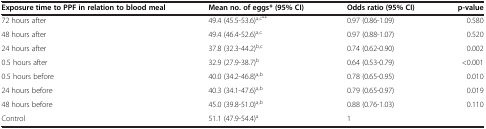
| Exposure time to PPF in relation to blood meal | Mean no. of eggs* (95% CI) | Odds ratio (95% CI) | p-value |
 | --- | --- | --- | --- |
 | 72 hours after | 49.4 (45.5-53.6)a,c** | 0.97 (0.86-1.09) | 0.580 |
 | 48 hours after | 49.4 (46.4-52.6)a,c | 0.97 (0.88-1.07) | 0.520 |
 | 24 hours after | 37.8 (32.3-44.2)b,c | 0.74 (0.62-0.90) | 0.002 |
 | 0.5 hours after | 32.9 (27.9-38.7)b | 0.64 (0.53-0.79) | <0.001 |
 | 0.5 hours before | 40.0 (34.2-46.8)a,b | 0.78 (0.65-0.95) | 0.010 |
 | 24 hours before | 40.3 (34.1-47.6)a,b | 0.79 (0.65-0.97) | 0.019 |
 | 48 hours before | 45.0 (39.8-51.0)a,b | 0.88 (0.76-1.03) | 0.110 |
 | Control | 51.1 (47.9-54.4)a | 1 |  |